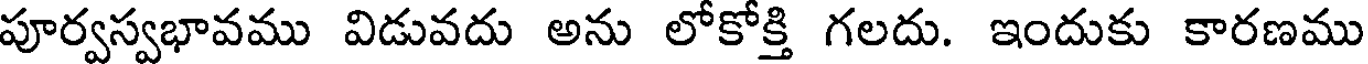
పూర్వస్వభావము విడువదు అను లోకోక్తి గలదు. ఇందుకు కారణము